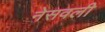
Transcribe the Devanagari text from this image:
नेसवली